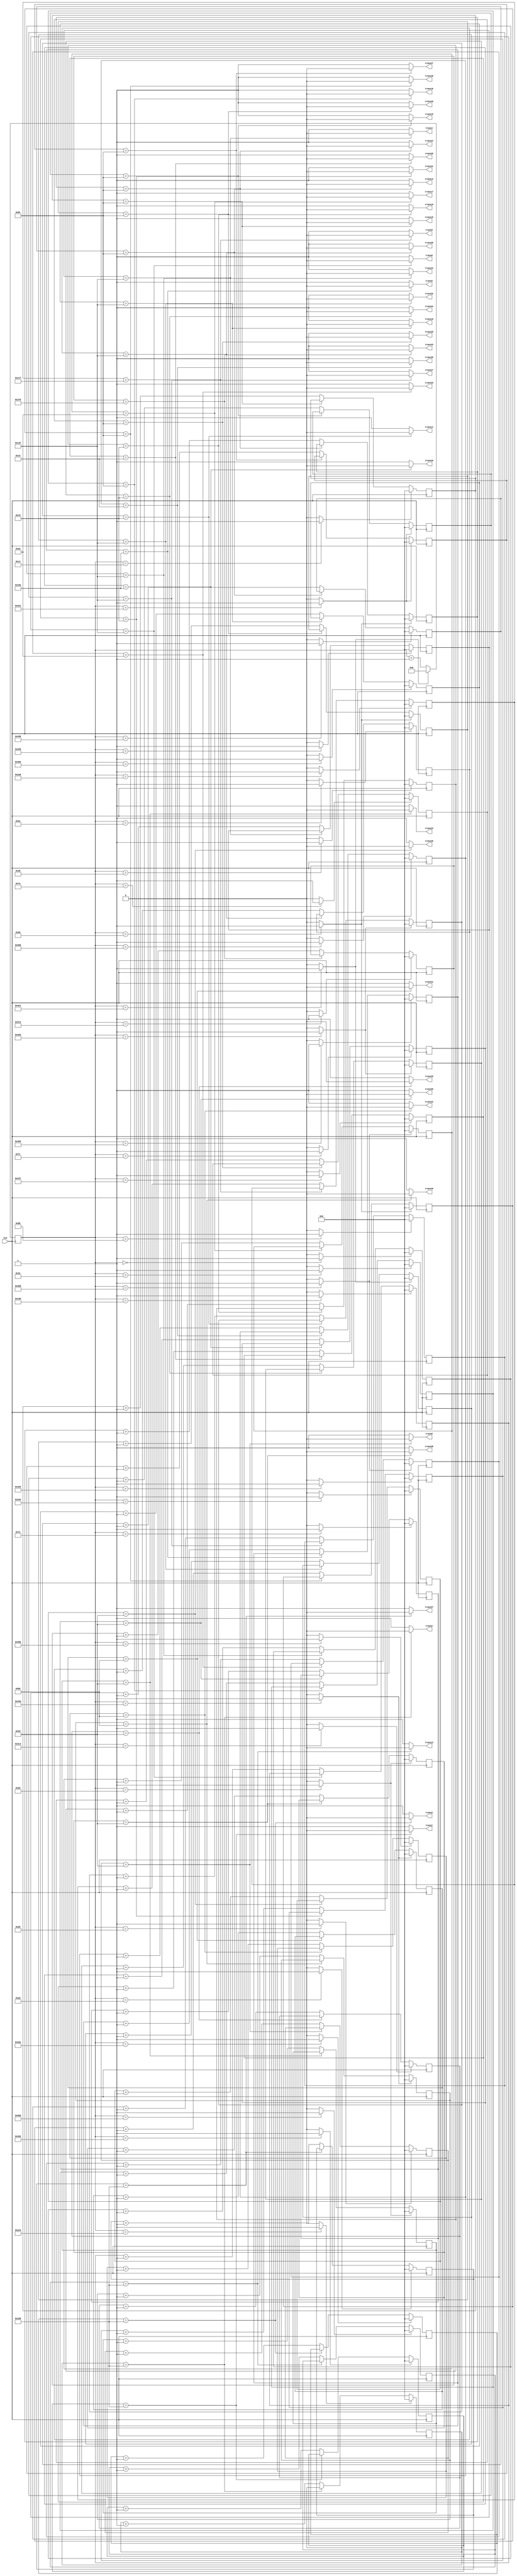
`timescale 1ns / 1ps
//////////////////////////////////////////////////////////////////////////////////
// Company: 
// Engineer: 
// 
// Design Name: 
// Module Name:    focus_power_ad 
// Project Name: 
// Target Devices: 
// Tool versions: 
// Description: 
//
// Dependencies: 
//
// Revision: 
// Revision 0.01 - File Created
// Additional Comments: 
//
//////////////////////////////////////////////////////////////////////////////////
module focus_power_ad(
	 input CLK,
    output trans1,
    output trans2,
	 output trans3,
	 output trans4,
	 output trans5,
	 output trans6,

	 output trans8,
	 output trans9,
	 output trans10,
	 output trans11,
	 output trans12,
	 output trans13,

	 output trans15,
	 output trans16,
	 output trans17,
	 output trans18,
	 output trans19,
	 output trans20,

	 output trans22,
	 output trans23,
	 output trans24,
	 output trans25,
	 output trans26,
	 output trans27,

	 output trans29,
	 output trans30,
	 output trans31,
	 output trans32,
	 output trans33,
	 output trans34,

	 output trans36,
	 output trans37,
	 output trans38,
	 output trans39,
	 output trans40,
	 output trans41,

	 output trans43,
	 output trans44,
	 output trans45,
	 output trans46,
	 output trans47,
	 output trans48

    );

	//define signals
	reg [10:0] pwm_base_reg = 11'h000;
	reg [9:0] pwm1_duty_reg = 10'h000;
	reg [9:0] pwm2_duty_reg = 10'h000;
	reg [9:0] pwm3_duty_reg = 10'h000;
	reg [9:0] pwm4_duty_reg = 10'h000;
	reg [9:0] pwm5_duty_reg = 10'h000;
	reg [9:0] pwm6_duty_reg = 10'h000;

	reg [9:0] pwm8_duty_reg = 10'h000;
	reg [9:0] pwm9_duty_reg = 10'h000;
	reg [9:0] pwm10_duty_reg = 10'h000;
	reg [9:0] pwm11_duty_reg = 10'h000;	
	reg [9:0] pwm12_duty_reg = 10'h000;	
	reg [9:0] pwm13_duty_reg = 10'h000;

	reg [9:0] pwm15_duty_reg = 10'h000;
	reg [9:0] pwm16_duty_reg = 10'h000;
	reg [9:0] pwm17_duty_reg = 10'h000;
   reg [9:0] pwm18_duty_reg = 10'h000;
   reg [9:0] pwm19_duty_reg = 10'h000;
   reg [9:0] pwm20_duty_reg = 10'h000;

   reg [9:0] pwm22_duty_reg = 10'h000;
   reg [9:0] pwm23_duty_reg = 10'h000;
   reg [9:0] pwm24_duty_reg = 10'h000;
   reg [9:0] pwm25_duty_reg = 10'h000;
   reg [9:0] pwm26_duty_reg = 10'h000;
   reg [9:0] pwm27_duty_reg = 10'h000;

   reg [9:0] pwm29_duty_reg = 10'h000;
   reg [9:0] pwm30_duty_reg = 10'h000;
   reg [9:0] pwm31_duty_reg = 10'h000;
   reg [9:0] pwm32_duty_reg = 10'h000;
   reg [9:0] pwm33_duty_reg = 10'h000;
   reg [9:0] pwm34_duty_reg = 10'h000;

   reg [9:0] pwm36_duty_reg = 10'h000;
   reg [9:0] pwm37_duty_reg = 10'h000;
   reg [9:0] pwm38_duty_reg = 10'h000;
   reg [9:0] pwm39_duty_reg = 10'h000;
   reg [9:0] pwm40_duty_reg = 10'h000;
   reg [9:0] pwm41_duty_reg = 10'h000;

   reg [9:0] pwm43_duty_reg = 10'h000;
   reg [9:0] pwm44_duty_reg = 10'h000;
   reg [9:0] pwm45_duty_reg = 10'h000;
   reg [9:0] pwm46_duty_reg = 10'h000;
   reg [9:0] pwm47_duty_reg = 10'h000;
   reg [9:0] pwm48_duty_reg = 10'h000;

	
	reg [6:0] base_cycle_counter_reg = 7'h00;
	reg [15:0] count_base_reg = 16'h0000;
	
	wire pwm1;
	wire pwm2;
	wire pwm3;
	wire pwm4;
	wire pwm5;
	wire pwm6;

	wire pwm8;
	wire pwm9;
	wire pwm10;
	wire pwm11;
	wire pwm12;
	wire pwm13;

	wire pwm15;
	wire pwm16;
	wire pwm17;
   wire pwm18;
   wire pwm19;
   wire pwm20;

   wire pwm22;
   wire pwm23;
   wire pwm24;
   wire pwm25;
   wire pwm26;
   wire pwm27;

   wire pwm29;
   wire pwm30;
   wire pwm31;
   wire pwm32;
   wire pwm33;
   wire pwm34;

   wire pwm36;
   wire pwm37;
   wire pwm38;
   wire pwm39;
   wire pwm40;
   wire pwm41;

   wire pwm43;
   wire pwm44;
   wire pwm45;
   wire pwm46;
   wire pwm47;
   wire pwm48;

	
	wire pwm1_out;
	wire pwm2_out;
	wire pwm3_out;
	wire pwm4_out;
	wire pwm5_out;
	wire pwm6_out;

	wire pwm8_out;
	wire pwm9_out;
	wire pwm10_out;
	wire pwm11_out;
	wire pwm12_out;
	wire pwm13_out;

	wire pwm15_out;
	wire pwm16_out;
	wire pwm17_out;
	wire pwm18_out;
   wire pwm19_out;
   wire pwm20_out;

   wire pwm22_out;
   wire pwm23_out;
   wire pwm24_out;
   wire pwm25_out;
   wire pwm26_out;
   wire pwm27_out;

   wire pwm29_out;
   wire pwm30_out;
   wire pwm31_out;
   wire pwm32_out;
   wire pwm33_out;
   wire pwm34_out;

   wire pwm36_out;
   wire pwm37_out;
   wire pwm38_out;
   wire pwm39_out;
   wire pwm40_out;
   wire pwm41_out;

   wire pwm43_out;
   wire pwm44_out;
   wire pwm45_out;
   wire pwm46_out;
   wire pwm47_out;
   wire pwm48_out;

	wire pwmbp;
	

	//PWM Base Cycle Generate
	/* Calculation
		base count = 50[MHz] / 40 [kHz] = 1250
		0 ~ 1249 -> 1250 count
	*/
	always @(posedge CLK) begin  //CB16RE
		if (pwmbp == 1'b1) begin  //R:pwmbp
			pwm_base_reg <= 11'h000;  //h:hexadecimal, assign 0 to all bits
		end
		else begin
			pwm_base_reg <= pwm_base_reg + 1'b1;  //increment
		end
	end
	
	assign pwmbp = (pwm_base_reg[10:0] == 11'd1249) ? 1'b1 : 1'b0;  //COMP16
	
	//phase
   assign pwm1  = (pwm_base_reg[10:0] == 11'd434) ? 1'b1 : 1'b0;  //COMP16
   assign pwm2  = (pwm_base_reg[10:0] == 11'd710) ? 1'b1 : 1'b0;  //COMP16
   assign pwm3  = (pwm_base_reg[10:0] == 11'd850) ? 1'b1 : 1'b0;  //COMP16
   assign pwm4  = (pwm_base_reg[10:0] == 11'd822) ? 1'b1 : 1'b0;  //COMP16
   assign pwm5  = (pwm_base_reg[10:0] == 11'd661) ? 1'b1 : 1'b0;  //COMP16
   assign pwm6  = (pwm_base_reg[10:0] == 11'd406) ? 1'b1 : 1'b0;  //COMP16
   assign pwm8  = (pwm_base_reg[10:0] == 11'd40) ? 1'b1 : 1'b0;  //COMP16
   assign pwm9  = (pwm_base_reg[10:0] == 11'd680) ? 1'b1 : 1'b0;  //COMP16
   assign pwm10 = (pwm_base_reg[10:0] == 11'd1034) ? 1'b1 : 1'b0;  //COMP16
   assign pwm11 = (pwm_base_reg[10:0] == 11'd1235) ? 1'b1 : 1'b0;  //COMP16
   assign pwm12 = (pwm_base_reg[10:0] == 11'd1206) ? 1'b1 : 1'b0;  //COMP16
   assign pwm13 = (pwm_base_reg[10:0] == 11'd1083) ? 1'b1 : 1'b0;  //COMP16
   assign pwm15 = (pwm_base_reg[10:0] == 11'd801) ? 1'b1 : 1'b0;  //COMP16
   assign pwm16 = (pwm_base_reg[10:0] == 11'd56) ? 1'b1 : 1'b0;  //COMP16
   assign pwm17 = (pwm_base_reg[10:0] == 11'd1037) ? 1'b1 : 1'b0;  //COMP16
   assign pwm18 = (pwm_base_reg[10:0] == 11'd49) ? 1'b1 : 1'b0;  //COMP16
   assign pwm19 = (pwm_base_reg[10:0] == 11'd194) ? 1'b1 : 1'b0;  //COMP16
   assign pwm20 = (pwm_base_reg[10:0] == 11'd145) ? 1'b1 : 1'b0;  //COMP16
   assign pwm22 = (pwm_base_reg[10:0] == 11'd41) ? 1'b1 : 1'b0;  //COMP16
   assign pwm23 = (pwm_base_reg[10:0] == 11'd1030) ? 1'b1 : 1'b0;  //COMP16
   assign pwm24 = (pwm_base_reg[10:0] == 11'd48) ? 1'b1 : 1'b0;  //COMP16
   assign pwm25 = (pwm_base_reg[10:0] == 11'd1095) ? 1'b1 : 1'b0;  //COMP16
   assign pwm26 = (pwm_base_reg[10:0] == 11'd122) ? 1'b1 : 1'b0;  //COMP16
   assign pwm27 = (pwm_base_reg[10:0] == 11'd219) ? 1'b1 : 1'b0;  //COMP16
   assign pwm29 = (pwm_base_reg[10:0] == 11'd260) ? 1'b1 : 1'b0;  //COMP16
   assign pwm30 = (pwm_base_reg[10:0] == 11'd114) ? 1'b1 : 1'b0;  //COMP16
   assign pwm31 = (pwm_base_reg[10:0] == 11'd1101) ? 1'b1 : 1'b0;  //COMP16
   assign pwm32 = (pwm_base_reg[10:0] == 11'd1249) ? 1'b1 : 1'b0;  //COMP16
   assign pwm33 = (pwm_base_reg[10:0] == 11'd1037) ? 1'b1 : 1'b0;  //COMP16
   assign pwm34 = (pwm_base_reg[10:0] == 11'd0) ? 1'b1 : 1'b0;  //COMP16
   assign pwm36 = (pwm_base_reg[10:0] == 11'd124) ? 1'b1 : 1'b0;  //COMP16
   assign pwm37 = (pwm_base_reg[10:0] == 11'd173) ? 1'b1 : 1'b0;  //COMP16
   assign pwm38 = (pwm_base_reg[10:0] == 11'd41) ? 1'b1 : 1'b0;  //COMP16
   assign pwm39 = (pwm_base_reg[10:0] == 11'd1024) ? 1'b1 : 1'b0;  //COMP16
   assign pwm40 = (pwm_base_reg[10:0] == 11'd48) ? 1'b1 : 1'b0;  //COMP16
   assign pwm41 = (pwm_base_reg[10:0] == 11'd809) ? 1'b1 : 1'b0;  //COMP16
   assign pwm43 = (pwm_base_reg[10:0] == 11'd882) ? 1'b1 : 1'b0;  //COMP16
   assign pwm44 = (pwm_base_reg[10:0] == 11'd1235) ? 1'b1 : 1'b0;  //COMP16
   assign pwm45 = (pwm_base_reg[10:0] == 11'd1219) ? 1'b1 : 1'b0;  //COMP16
   assign pwm46 = (pwm_base_reg[10:0] == 11'd1101) ? 1'b1 : 1'b0;  //COMP16
   assign pwm47 = (pwm_base_reg[10:0] == 11'd801) ? 1'b1 : 1'b0;  //COMP16
   assign pwm48 = (pwm_base_reg[10:0] == 11'd48) ? 1'b1 : 1'b0;  //COMP16

	
	
	//PWM Duty Ratio Generate
    always @(posedge CLK) begin  //CB16RE
        if (pwm1 == 1'b1) begin  //R:pwm1
            pwm1_duty_reg <= 11'h000;
        end
        else if (pwm1_out == 1'b1) begin  //CE:pwm1_out
            pwm1_duty_reg <= pwm1_duty_reg + 1'b1;
        end
    end
    
    always @(posedge CLK) begin  //CB16RE
        if (pwm2 == 1'b1) begin  //R:pwm2
            pwm2_duty_reg <= 11'h000;
        end
        else if (pwm2_out == 1'b1) begin  //CE:pwm2_out
            pwm2_duty_reg <= pwm2_duty_reg + 1'b1;
        end
    end
    
    always @(posedge CLK) begin  //CB16RE
        if (pwm3 == 1'b1) begin  //R:pwm3
            pwm3_duty_reg <= 11'h000;
        end
        else if (pwm3_out == 1'b1) begin  //CE:pwm3_out
            pwm3_duty_reg <= pwm3_duty_reg + 1'b1;
        end
    end
    
    always @(posedge CLK) begin  //CB16RE
        if (pwm4 == 1'b1) begin  //R:pwm4
            pwm4_duty_reg <= 11'h000;
        end
        else if (pwm4_out == 1'b1) begin  //CE:pwm4_out
            pwm4_duty_reg <= pwm4_duty_reg + 1'b1;
        end
    end
    
    always @(posedge CLK) begin  //CB16RE
        if (pwm5 == 1'b1) begin  //R:pwm5
            pwm5_duty_reg <= 11'h000;
        end
        else if (pwm5_out == 1'b1) begin  //CE:pwm5_out
            pwm5_duty_reg <= pwm5_duty_reg + 1'b1;
        end
    end
    
    always @(posedge CLK) begin  //CB16RE
        if (pwm6 == 1'b1) begin  //R:pwm6
            pwm6_duty_reg <= 11'h000;
        end
        else if (pwm6_out == 1'b1) begin  //CE:pwm6_out
            pwm6_duty_reg <= pwm6_duty_reg + 1'b1;
        end
    end
    

    
    always @(posedge CLK) begin  //CB16RE
        if (pwm8 == 1'b1) begin  //R:pwm8
            pwm8_duty_reg <= 11'h000;
        end
        else if (pwm8_out == 1'b1) begin  //CE:pwm8_out
            pwm8_duty_reg <= pwm8_duty_reg + 1'b1;
        end
    end
    
    always @(posedge CLK) begin  //CB16RE
        if (pwm9 == 1'b1) begin  //R:pwm9
            pwm9_duty_reg <= 11'h000;
        end
        else if (pwm9_out == 1'b1) begin  //CE:pwm9_out
            pwm9_duty_reg <= pwm9_duty_reg + 1'b1;
        end
    end
    
    always @(posedge CLK) begin  //CB16RE
        if (pwm10 == 1'b1) begin  //R:pwm10
            pwm10_duty_reg <= 11'h000;
        end
        else if (pwm10_out == 1'b1) begin  //CE:pwm10_out
            pwm10_duty_reg <= pwm10_duty_reg + 1'b1;
        end
    end
    
   always @(posedge CLK) begin  //CB16RE
        if (pwm11 == 1'b1) begin  //R:pwm11
            pwm11_duty_reg <= 11'h000;
        end
        else if (pwm11_out == 1'b1) begin  //CE:pwm11_out
            pwm11_duty_reg <= pwm11_duty_reg + 1'b1;
        end
    end

   always @(posedge CLK) begin  //CB16RE
        if (pwm12 == 1'b1) begin  //R:pwm12
            pwm12_duty_reg <= 11'h000;
        end
        else if (pwm12_out == 1'b1) begin  //CE:pwm12_out
            pwm12_duty_reg <= pwm12_duty_reg + 1'b1;
        end
    end

   always @(posedge CLK) begin  //CB16RE
        if (pwm13 == 1'b1) begin  //R:pwm13
            pwm13_duty_reg <= 11'h000;
        end
        else if (pwm13_out == 1'b1) begin  //CE:pwm13_out
            pwm13_duty_reg <= pwm13_duty_reg + 1'b1;
        end
    end


	 
    always @(posedge CLK) begin  //CB16RE
        if (pwm15 == 1'b1) begin  //R:pwm15
            pwm15_duty_reg <= 11'h000;
        end
        else if (pwm15_out == 1'b1) begin  //CE:pwm15_out
            pwm15_duty_reg <= pwm15_duty_reg + 1'b1;
        end
    end
	 
    always @(posedge CLK) begin  //CB16RE
        if (pwm16 == 1'b1) begin  //R:pwm16
            pwm16_duty_reg <= 11'h000;
        end
        else if (pwm16_out == 1'b1) begin  //CE:pwm16_out
            pwm16_duty_reg <= pwm16_duty_reg + 1'b1;
        end
    end
	 
    always @(posedge CLK) begin  //CB16RE
        if (pwm17 == 1'b1) begin  //R:pwm17
            pwm17_duty_reg <= 11'h000;
        end
        else if (pwm17_out == 1'b1) begin  //CE:pwm17_out
            pwm17_duty_reg <= pwm17_duty_reg + 1'b1;
        end
    end

    always @(posedge CLK) begin  //CB16RE
        if (pwm18 == 1'b1) begin  //R:pwm18
            pwm18_duty_reg <= 11'h000;
        end
        else if (pwm18_out == 1'b1) begin  //CE:pwm18_out
            pwm18_duty_reg <= pwm18_duty_reg + 1'b1;
        end
    end

	 always @(posedge CLK) begin  //CB16RE
        if (pwm19 == 1'b1) begin  //R:pwm19
            pwm19_duty_reg <= 11'h000;
        end
        else if (pwm19_out == 1'b1) begin  //CE:pwm19_out
            pwm19_duty_reg <= pwm19_duty_reg + 1'b1;
        end
    end

	 always @(posedge CLK) begin  //CB16RE
        if (pwm20 == 1'b1) begin  //R:pwm20
            pwm20_duty_reg <= 11'h000;
        end
        else if (pwm20_out == 1'b1) begin  //CE:pwm20_out
            pwm20_duty_reg <= pwm20_duty_reg + 1'b1;
        end
    end



	 always @(posedge CLK) begin  //CB16RE
        if (pwm22 == 1'b1) begin  //R:pwm22
            pwm22_duty_reg <= 11'h000;
        end
        else if (pwm22_out == 1'b1) begin  //CE:pwm22_out
            pwm22_duty_reg <= pwm22_duty_reg + 1'b1;
        end
    end

	 always @(posedge CLK) begin  //CB16RE
        if (pwm23 == 1'b1) begin  //R:pwm23
            pwm23_duty_reg <= 11'h000;
        end
        else if (pwm23_out == 1'b1) begin  //CE:pwm23_out
            pwm23_duty_reg <= pwm23_duty_reg + 1'b1;
        end
    end
	 
    always @(posedge CLK) begin  //CB16RE
        if (pwm24 == 1'b1) begin  //R:pwm24
            pwm24_duty_reg <= 11'h000;
        end
        else if (pwm24_out == 1'b1) begin  //CE:pwm24_out
            pwm24_duty_reg <= pwm24_duty_reg + 1'b1;
        end
    end
	 
    always @(posedge CLK) begin  //CB16RE
        if (pwm25 == 1'b1) begin  //R:pwm25
            pwm25_duty_reg <= 11'h000;
        end
        else if (pwm25_out == 1'b1) begin  //CE:pwm25_out
            pwm25_duty_reg <= pwm25_duty_reg + 1'b1;
        end
    end
	 
    always @(posedge CLK) begin  //CB16RE
        if (pwm26 == 1'b1) begin  //R:pwm26
            pwm26_duty_reg <= 11'h000;
        end
        else if (pwm26_out == 1'b1) begin  //CE:pwm26_out
            pwm26_duty_reg <= pwm26_duty_reg + 1'b1;
        end
    end
	 
    always @(posedge CLK) begin  //CB16RE
        if (pwm27 == 1'b1) begin  //R:pwm27
            pwm27_duty_reg <= 11'h000;
        end
        else if (pwm27_out == 1'b1) begin  //CE:pwm27_out
            pwm27_duty_reg <= pwm27_duty_reg + 1'b1;
        end
    end
	 

	 
    always @(posedge CLK) begin  //CB16RE
        if (pwm29 == 1'b1) begin  //R:pwm29
            pwm29_duty_reg <= 11'h000;
        end
        else if (pwm29_out == 1'b1) begin  //CE:pwm29_out
            pwm29_duty_reg <= pwm29_duty_reg + 1'b1;
        end
    end
	 
    always @(posedge CLK) begin  //CB16RE
        if (pwm30 == 1'b1) begin  //R:pwm30
            pwm30_duty_reg <= 11'h000;
        end
        else if (pwm30_out == 1'b1) begin  //CE:pwm30_out
            pwm30_duty_reg <= pwm30_duty_reg + 1'b1;
        end
    end
	 
    always @(posedge CLK) begin  //CB16RE
        if (pwm31 == 1'b1) begin  //R:pwm31
            pwm31_duty_reg <= 11'h000;
        end
        else if (pwm31_out == 1'b1) begin  //CE:pwm31_out
            pwm31_duty_reg <= pwm31_duty_reg + 1'b1;
        end
    end
	 
    always @(posedge CLK) begin  //CB16RE
        if (pwm32 == 1'b1) begin  //R:pwm32
            pwm32_duty_reg <= 11'h000;
        end
        else if (pwm32_out == 1'b1) begin  //CE:pwm32_out
            pwm32_duty_reg <= pwm32_duty_reg + 1'b1;
        end
    end
	 
    always @(posedge CLK) begin  //CB16RE
        if (pwm33 == 1'b1) begin  //R:pwm33
            pwm33_duty_reg <= 11'h000;
        end
        else if (pwm33_out == 1'b1) begin  //CE:pwm33_out
            pwm33_duty_reg <= pwm33_duty_reg + 1'b1;
        end
    end
	 
    always @(posedge CLK) begin  //CB16RE
        if (pwm34 == 1'b1) begin  //R:pwm34
            pwm34_duty_reg <= 11'h000;
        end
        else if (pwm34_out == 1'b1) begin  //CE:pwm34_out
            pwm34_duty_reg <= pwm34_duty_reg + 1'b1;
        end
    end
	 

	 
    always @(posedge CLK) begin  //CB16RE
        if (pwm36 == 1'b1) begin  //R:pwm36
            pwm36_duty_reg <= 11'h000;
        end
        else if (pwm36_out == 1'b1) begin  //CE:pwm36_out
            pwm36_duty_reg <= pwm36_duty_reg + 1'b1;
        end
    end
	 
    always @(posedge CLK) begin  //CB16RE
        if (pwm37 == 1'b1) begin  //R:pwm37
            pwm37_duty_reg <= 11'h000;
        end
        else if (pwm37_out == 1'b1) begin  //CE:pwm37_out
            pwm37_duty_reg <= pwm37_duty_reg + 1'b1;
        end
    end
	 
    always @(posedge CLK) begin  //CB16RE
        if (pwm38 == 1'b1) begin  //R:pwm38
            pwm38_duty_reg <= 11'h000;
        end
        else if (pwm38_out == 1'b1) begin  //CE:pwm38_out
            pwm38_duty_reg <= pwm38_duty_reg + 1'b1;
        end
    end
	 
    always @(posedge CLK) begin  //CB16RE
        if (pwm39 == 1'b1) begin  //R:pwm39
            pwm39_duty_reg <= 11'h000;
        end
        else if (pwm39_out == 1'b1) begin  //CE:pwm39_out
            pwm39_duty_reg <= pwm39_duty_reg + 1'b1;
        end
    end
	 
    always @(posedge CLK) begin  //CB16RE
        if (pwm40 == 1'b1) begin  //R:pwm40
            pwm40_duty_reg <= 11'h000;
        end
        else if (pwm40_out == 1'b1) begin  //CE:pwm40_out
            pwm40_duty_reg <= pwm40_duty_reg + 1'b1;
        end
    end
	 
    always @(posedge CLK) begin  //CB16RE
        if (pwm41 == 1'b1) begin  //R:pwm41
            pwm41_duty_reg <= 11'h000;
        end
        else if (pwm41_out == 1'b1) begin  //CE:pwm41_out
            pwm41_duty_reg <= pwm41_duty_reg + 1'b1;
        end
    end
	 

	 
    always @(posedge CLK) begin  //CB16RE
        if (pwm43 == 1'b1) begin  //R:pwm43
            pwm43_duty_reg <= 11'h000;
        end
        else if (pwm43_out == 1'b1) begin  //CE:pwm43_out
            pwm43_duty_reg <= pwm43_duty_reg + 1'b1;
        end
    end
	 
    always @(posedge CLK) begin  //CB16RE
        if (pwm44 == 1'b1) begin  //R:pwm44
            pwm44_duty_reg <= 11'h000;
        end
        else if (pwm44_out == 1'b1) begin  //CE:pwm44_out
            pwm44_duty_reg <= pwm44_duty_reg + 1'b1;
        end
    end
	 
    always @(posedge CLK) begin  //CB16RE
        if (pwm45 == 1'b1) begin  //R:pwm45
            pwm45_duty_reg <= 11'h000;
        end
        else if (pwm45_out == 1'b1) begin  //CE:pwm45_out
            pwm45_duty_reg <= pwm45_duty_reg + 1'b1;
        end
    end
	 
    always @(posedge CLK) begin  //CB16RE
        if (pwm46 == 1'b1) begin  //R:pwm46
            pwm46_duty_reg <= 11'h000;
        end
        else if (pwm46_out == 1'b1) begin  //CE:pwm46_out
            pwm46_duty_reg <= pwm46_duty_reg + 1'b1;
        end
    end
	 
    always @(posedge CLK) begin  //CB16RE
        if (pwm47 == 1'b1) begin  //R:pwm47
            pwm47_duty_reg <= 11'h000;
        end
        else if (pwm47_out == 1'b1) begin  //CE:pwm47_out
            pwm47_duty_reg <= pwm47_duty_reg + 1'b1;
        end
    end
	 
    always @(posedge CLK) begin  //CB16RE
        if (pwm48 == 1'b1) begin  //R:pwm48
            pwm48_duty_reg <= 11'h000;
        end
        else if (pwm48_out == 1'b1) begin  //CE:pwm48_out
            pwm48_duty_reg <= pwm48_duty_reg + 1'b1;
        end
    end
       

	//duty ratio  ex 50% -> 1250 / 2 = 625
	assign pwm1_out = (pwm1_duty_reg[9:0] == 10'd264) ? 1'b0 : 1'b1;  //COMP16
	assign pwm2_out = (pwm2_duty_reg[9:0] == 10'd264) ? 1'b0 : 1'b1;  //COMP16
	assign pwm3_out = (pwm3_duty_reg[9:0] == 10'd264) ? 1'b0 : 1'b1;  //COMP16
	assign pwm4_out = (pwm4_duty_reg[9:0] == 10'd319) ? 1'b0 : 1'b1;  //COMP16
	assign pwm5_out = (pwm5_duty_reg[9:0] == 10'd362) ? 1'b0 : 1'b1;  //COMP16
	assign pwm6_out = (pwm6_duty_reg[9:0] == 10'd319) ? 1'b0 : 1'b1;  //COMP16

	assign pwm8_out = (pwm8_duty_reg[9:0] == 10'd237) ? 1'b0 : 1'b1;  //COMP16
	assign pwm9_out = (pwm9_duty_reg[9:0] == 10'd463) ? 1'b0 : 1'b1;  //COMP16
	assign pwm10_out = (pwm10_duty_reg[9:0] == 10'd319) ? 1'b0 : 1'b1;  //COMP16
   assign pwm11_out = (pwm11_duty_reg[9:0] == 10'd205) ? 1'b0 : 1'b1;  //COMP16 
   assign pwm12_out = (pwm12_duty_reg[9:0] == 10'd264) ? 1'b0 : 1'b1;  //COMP16 
   assign pwm13_out = (pwm13_duty_reg[9:0] == 10'd220) ? 1'b0 : 1'b1;  //COMP16 

   assign pwm15_out = (pwm15_duty_reg[9:0] == 10'd220) ? 1'b0 : 1'b1;  //COMP16 
   assign pwm16_out = (pwm16_duty_reg[9:0] == 10'd205) ? 1'b0 : 1'b1;  //COMP16
   assign pwm17_out = (pwm17_duty_reg[9:0] == 10'd170) ? 1'b0 : 1'b1;  //COMP16
   assign pwm18_out = (pwm18_duty_reg[9:0] == 10'd220) ? 1'b0 : 1'b1;  //COMP16
   assign pwm19_out = (pwm19_duty_reg[9:0] == 10'd220) ? 1'b0 : 1'b1;  //COMP16
   assign pwm20_out = (pwm20_duty_reg[9:0] == 10'd319) ? 1'b0 : 1'b1;  //COMP16

   assign pwm22_out = (pwm22_duty_reg[9:0] == 10'd237) ? 1'b0 : 1'b1;  //COMP16
   assign pwm23_out = (pwm23_duty_reg[9:0] == 10'd185) ? 1'b0 : 1'b1;  //COMP16
   assign pwm24_out = (pwm24_duty_reg[9:0] == 10'd220) ? 1'b0 : 1'b1;  //COMP16
   assign pwm25_out = (pwm25_duty_reg[9:0] == 10'd197) ? 1'b0 : 1'b1;  //COMP16
   assign pwm26_out = (pwm26_duty_reg[9:0] == 10'd220) ? 1'b0 : 1'b1;  //COMP16
   assign pwm27_out = (pwm27_duty_reg[9:0] == 10'd319) ? 1'b0 : 1'b1;  //COMP16

   assign pwm29_out = (pwm29_duty_reg[9:0] == 10'd237) ? 1'b0 : 1'b1;  //COMP16
   assign pwm30_out = (pwm30_duty_reg[9:0] == 10'd237) ? 1'b0 : 1'b1;  //COMP16
   assign pwm31_out = (pwm31_duty_reg[9:0] == 10'd185) ? 1'b0 : 1'b1;  //COMP16
   assign pwm32_out = (pwm32_duty_reg[9:0] == 10'd319) ? 1'b0 : 1'b1;  //COMP16
   assign pwm33_out = (pwm33_duty_reg[9:0] == 10'd170) ? 1'b0 : 1'b1;  //COMP16
   assign pwm34_out = (pwm34_duty_reg[9:0] == 10'd319) ? 1'b0 : 1'b1;  //COMP16

   assign pwm36_out = (pwm36_duty_reg[9:0] == 10'd362) ? 1'b0 : 1'b1;  //COMP16
   assign pwm37_out = (pwm37_duty_reg[9:0] == 10'd264) ? 1'b0 : 1'b1;  //COMP16
   assign pwm38_out = (pwm38_duty_reg[9:0] == 10'd237) ? 1'b0 : 1'b1;  //COMP16
   assign pwm39_out = (pwm39_duty_reg[9:0] == 10'd197) ? 1'b0 : 1'b1;  //COMP16
   assign pwm40_out = (pwm40_duty_reg[9:0] == 10'd220) ? 1'b0 : 1'b1;  //COMP16
   assign pwm41_out = (pwm41_duty_reg[9:0] == 10'd205) ? 1'b0 : 1'b1;  //COMP16

   assign pwm43_out = (pwm43_duty_reg[9:0] == 10'd624) ? 1'b0 : 1'b1;  //COMP16
   assign pwm44_out = (pwm44_duty_reg[9:0] == 10'd205) ? 1'b0 : 1'b1;  //COMP16
   assign pwm45_out = (pwm45_duty_reg[9:0] == 10'd237) ? 1'b0 : 1'b1;  //COMP16
   assign pwm46_out = (pwm46_duty_reg[9:0] == 10'd185) ? 1'b0 : 1'b1;  //COMP16
   assign pwm47_out = (pwm47_duty_reg[9:0] == 10'd220) ? 1'b0 : 1'b1;  //COMP16
   assign pwm48_out = (pwm48_duty_reg[9:0] == 10'd220) ? 1'b0 : 1'b1;  //COMP16
	
	
	//To transducers
   assign trans1 = pwm1_out;
   assign trans2 = pwm2_out;
   assign trans3 = pwm3_out;
   assign trans4 = pwm4_out;
   assign trans5 = pwm5_out;
   assign trans6 = pwm6_out;

   assign trans8 = pwm8_out;
   assign trans9 = pwm9_out;
   assign trans10 = pwm10_out;
   assign trans11 = pwm11_out;
   assign trans12 = pwm12_out;
   assign trans13 = pwm13_out;

   assign trans15 = pwm15_out;
   assign trans16 = pwm16_out;
   assign trans17 = pwm17_out;
   assign trans18 = pwm18_out;
   assign trans19 = pwm19_out;
   assign trans20 = pwm20_out;

   assign trans22 = pwm22_out;
   assign trans23 = pwm23_out;
   assign trans24 = pwm24_out;
   assign trans25 = pwm25_out;
   assign trans26 = pwm26_out;
   assign trans27 = pwm27_out;

   assign trans29 = pwm29_out;
   assign trans30 = pwm30_out;
   assign trans31 = pwm31_out;
   assign trans32 = pwm32_out;
   assign trans33 = pwm33_out;
   assign trans34 = pwm34_out;

   assign trans36 = pwm36_out;
   assign trans37 = pwm37_out;
   assign trans38 = pwm38_out;
   assign trans39 = pwm39_out;
   assign trans40 = pwm40_out;
   assign trans41 = pwm41_out;

   assign trans43 = pwm43_out;
   assign trans44 = pwm44_out;
   assign trans45 = pwm45_out;
   assign trans46 = pwm46_out;
   assign trans47 = pwm47_out;
   assign trans48 = pwm48_out;

endmodule